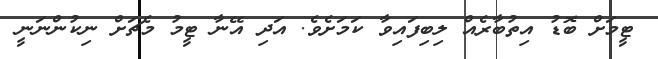
ޓީމަށް ބޮޑު އިތުބާރެއް ލިބިފައިވާ ކަމަށެވެ. އަދި އޭނާ ޓީމު މެޗަށް ނިކުންނަނީ